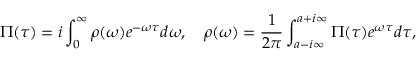
\Pi ( \tau ) = i \int _ { 0 } ^ { \infty } \rho ( \omega ) e ^ { - \omega \tau } d \omega , \quad \rho ( \omega ) = \frac { 1 } { 2 \pi } \int _ { a - i \infty } ^ { a + i \infty } \Pi ( \tau ) e ^ { \omega \tau } d \tau ,